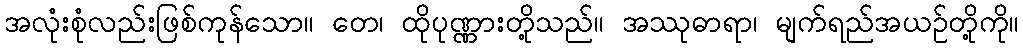
အလုံးစုံလည်းဖြစ်ကုန်သော။ တေ၊ ထိုပုဏ္ဏားတို့သည်။ အဿုဓာရာ၊ မျက်ရည်အယဉ်တို့ကို။